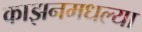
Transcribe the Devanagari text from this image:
काझनमधल्या